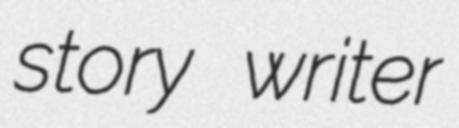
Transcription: story writer